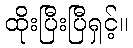
ထိုးပြီးပြီရှင့်။